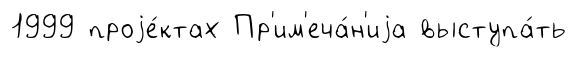
1999 проjе́ктах Пр'им'еча́н'иjа выступа́ть